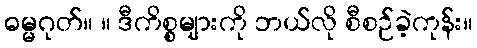
ဓမ္မဂုတ်။ ။ ဒီကိစ္စများကို ဘယ်လို စီစဉ်ခဲ့ကုန်း။